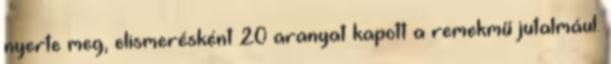
nyerte meg, elismerésként 20 aranyat kapott a remekmű jutalmául.